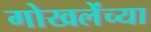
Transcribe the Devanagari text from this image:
गोखलेंच्या